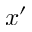
x ^ { \prime }